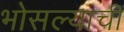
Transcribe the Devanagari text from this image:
भोसल्याची